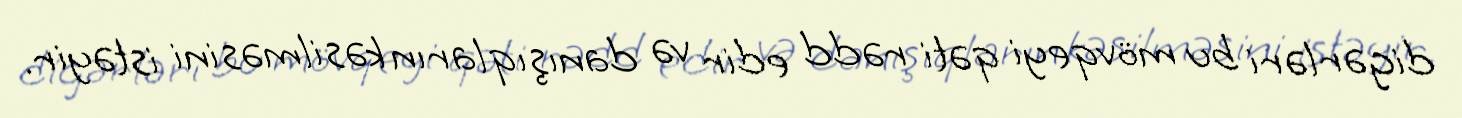
digərləri bu mövqeyi qəti rədd edir və danışıqların kəsilməsini istəyir.